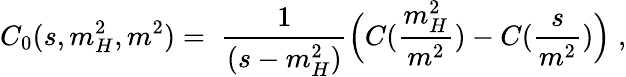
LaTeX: C_{0}(s,m_{H}^{2},m^{2})=\; \frac{1}{(s-m_{H}^{2})}\Bigl(C(\frac{m_{H}^{2}}{m^{2}})-C(\frac{s}{m^{2}})\Bigr)\; ,